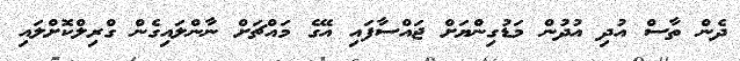
ދެން ތާސް އުދި އުދުން މަޑުގިންޔަށް ޖައްސާފައި އޭގެ މައްޗަށް ނާންލައިގެން ގްރިލްކޮށްލައި